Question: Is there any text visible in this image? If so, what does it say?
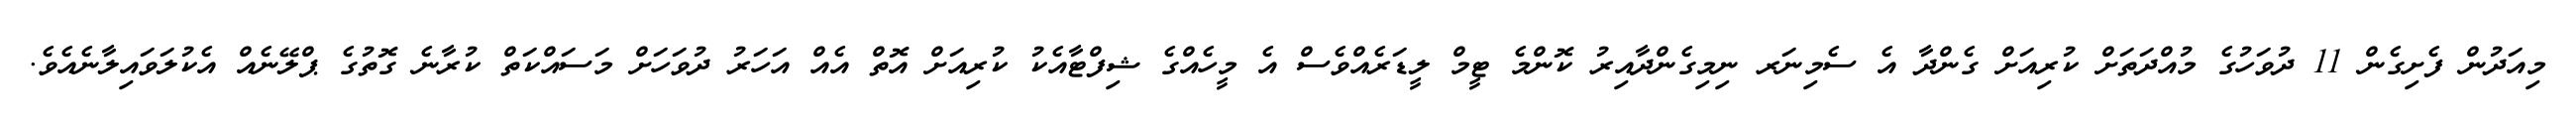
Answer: މިއަދުން ފެށިގެން 11 ދުވަހުގެ މުއްދަތަށް ކުރިއަށް ގެންދާ އެ ސެމިނަރ ނިމިގެންދާއިރު ކޮންމެ ޓީމް ލީޑަރެއްވެސް އެ މީހެއްގެ ޝިފްޓާއެކު ކުރިއަށް އޮތް އެއް އަހަރު ދުވަހަށް މަސައްކަތް ކުރާނެ ގޮތުގެ ޕްލޭނެއް އެކުލަވައިލާނެއެވެ.